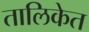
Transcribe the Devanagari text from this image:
तालिकेत